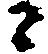
と